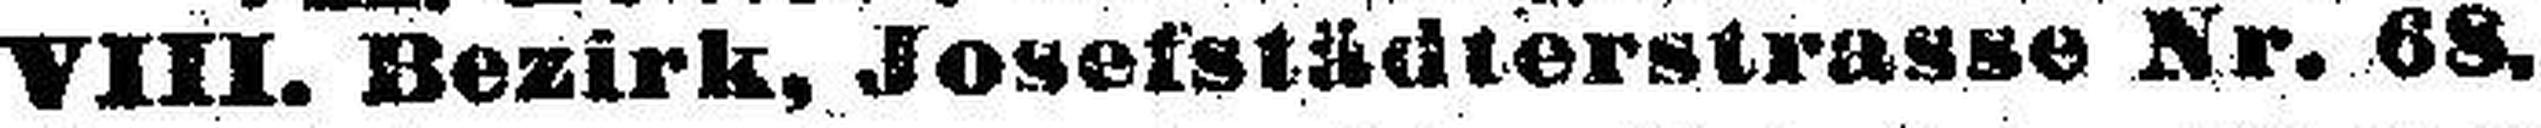
VIII. Bezirk, Josefstädterstrasse Nr. 68.